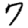
Digit: 7